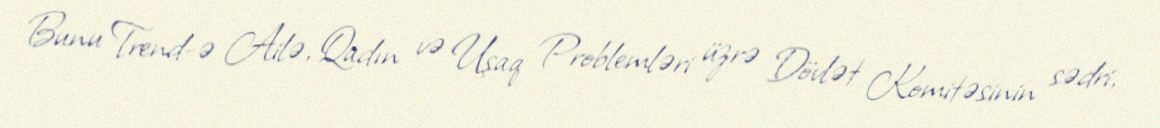
Bunu Trend-ə Ailə, Qadın və Uşaq Problemləri üzrə Dövlət Komitəsinin sədri,